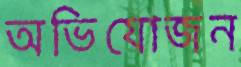
অভিযোজন